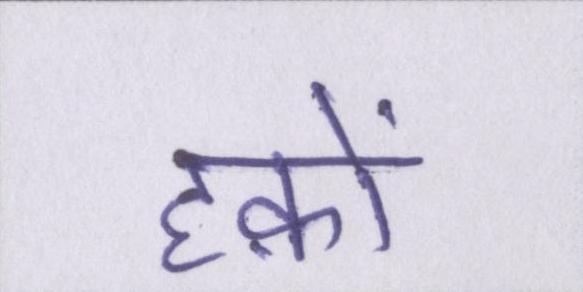
हक़ों